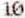
10